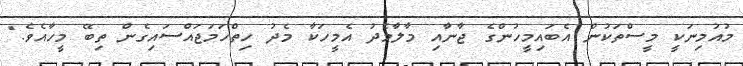
މުއުމިނަކީ މީސްތަކުން އެބައިމީހުންގެ ޖާނާއި މާލާމެދު އެމީހަކާ މެދު ހިތްހަމަޖައްސައިގެން ތިބޭ މީހާއެވެ."